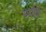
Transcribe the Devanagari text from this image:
स्पाईन